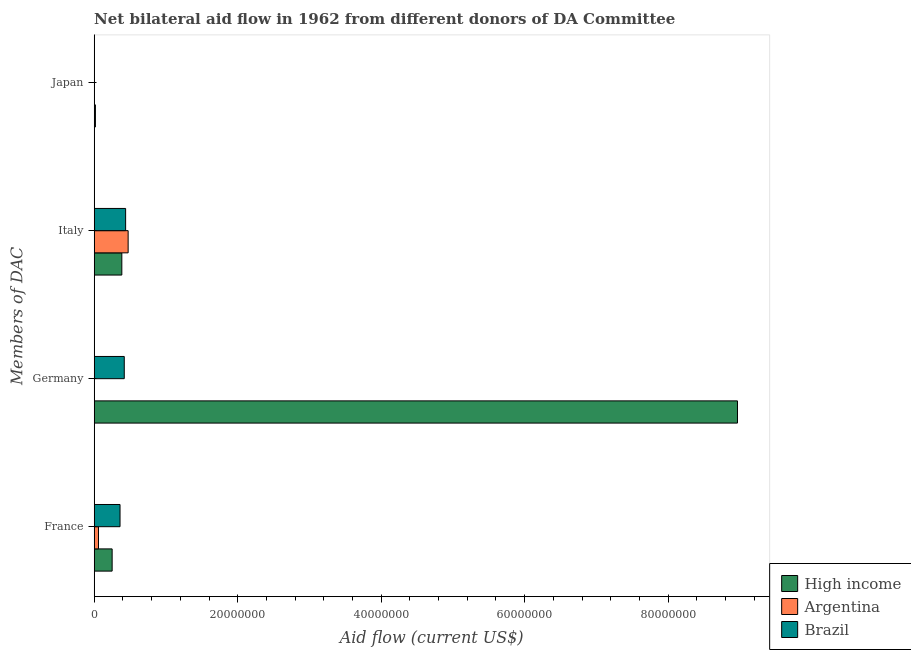
| Members of DAC | High income | Argentina | Brazil |
 | --- | --- | --- | --- |
 | France | 2.5e+06 | 6e+05 | 3.6e+06 |
 | Germany | 8.97e+07 | -1.61e+06 | 4.19e+06 |
 | Italy | 3.85e+06 | 4.73e+06 | 4.38e+06 |
 | Japan | 1.7e+05 | -3.72e+06 | -2.14e+06 |